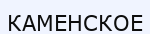
КАМЕНСКОЕ